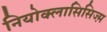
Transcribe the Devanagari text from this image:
नियोक्लासिसिज्म़